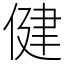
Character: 健